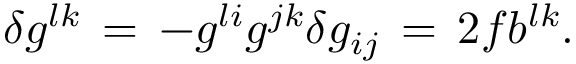
\delta g ^ { l k } \, = \, - g ^ { l i } g ^ { j k } \delta g _ { i j } \, = \, 2 f b ^ { l k } .